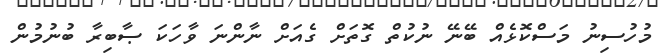
މުހުސިނު މަސްކޮޅެއް ބޭނޭ ނުކުތް ގޮތަށް ގެއަށް ނާންނަ ވާހަކަ ޞާބިރާ ބުނުމުން